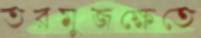
তরমুজক্ষেতে